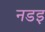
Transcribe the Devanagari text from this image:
नडइ